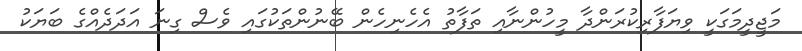
މަޖީދީމަގަކީ ވިޔަފާރިކުރަންދާ މީހުންނާއި ތަފާތު އެހެނިހެން ބޭނުންތަކުގައި ވެސް ގިނަ އަދަދެއްގެ ބަޔަކު